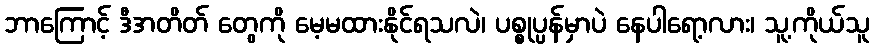
ဘာကြောင့် ဒီအတိတ် တွေကို မေ့မထားနိုင်ရသလဲ၊ ပစ္စုပ္ပန်မှာပဲ နေပါရော့လား၊ သူ့ကိုယ်သူ